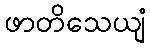
ဖာတိသေယျံ